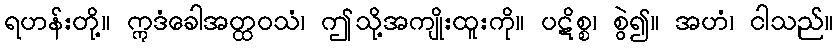
ရဟန်းတို့။ ဣဒံခေါအတ္ထဝသံ၊ ဤသို့အကျိုးထူးကို။ ပဋိစ္စ၊ စွဲ၍။ အဟံ၊ ငါသည်။